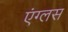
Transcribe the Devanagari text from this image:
एंग्लस